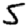
Digit: 5